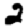
Digit: 2